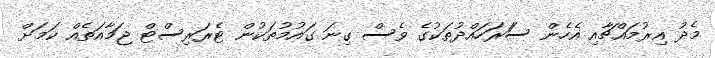
މެދު އިރުމައްޗާއި އެހެން ސަަރަހައްދުތަކުގެ ވެސް ގިނަ ގައުމުތަކުން ޓެރަރިސްޓް ޖަމާއަތެއް ކަމަށް